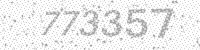
Solution: 773357